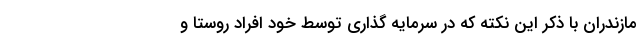
مازندران با ذکر این نکته که در سرمایه گذاری توسط خود افراد روستا و